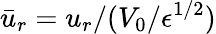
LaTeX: \bar{u}_{r}=u_{r}/(V_{0}/{\epsilon}^{1/2})